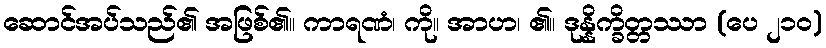
ဆောင်အပ်သည်၏ အဖြစ်၏။ ကာရဏံ၊ ကို။ အာဟ၊ ၏။ ဒုန္နိက္ခိတ္တဿာ (ပေ ၂၁၀)